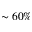
\sim 6 0 \%